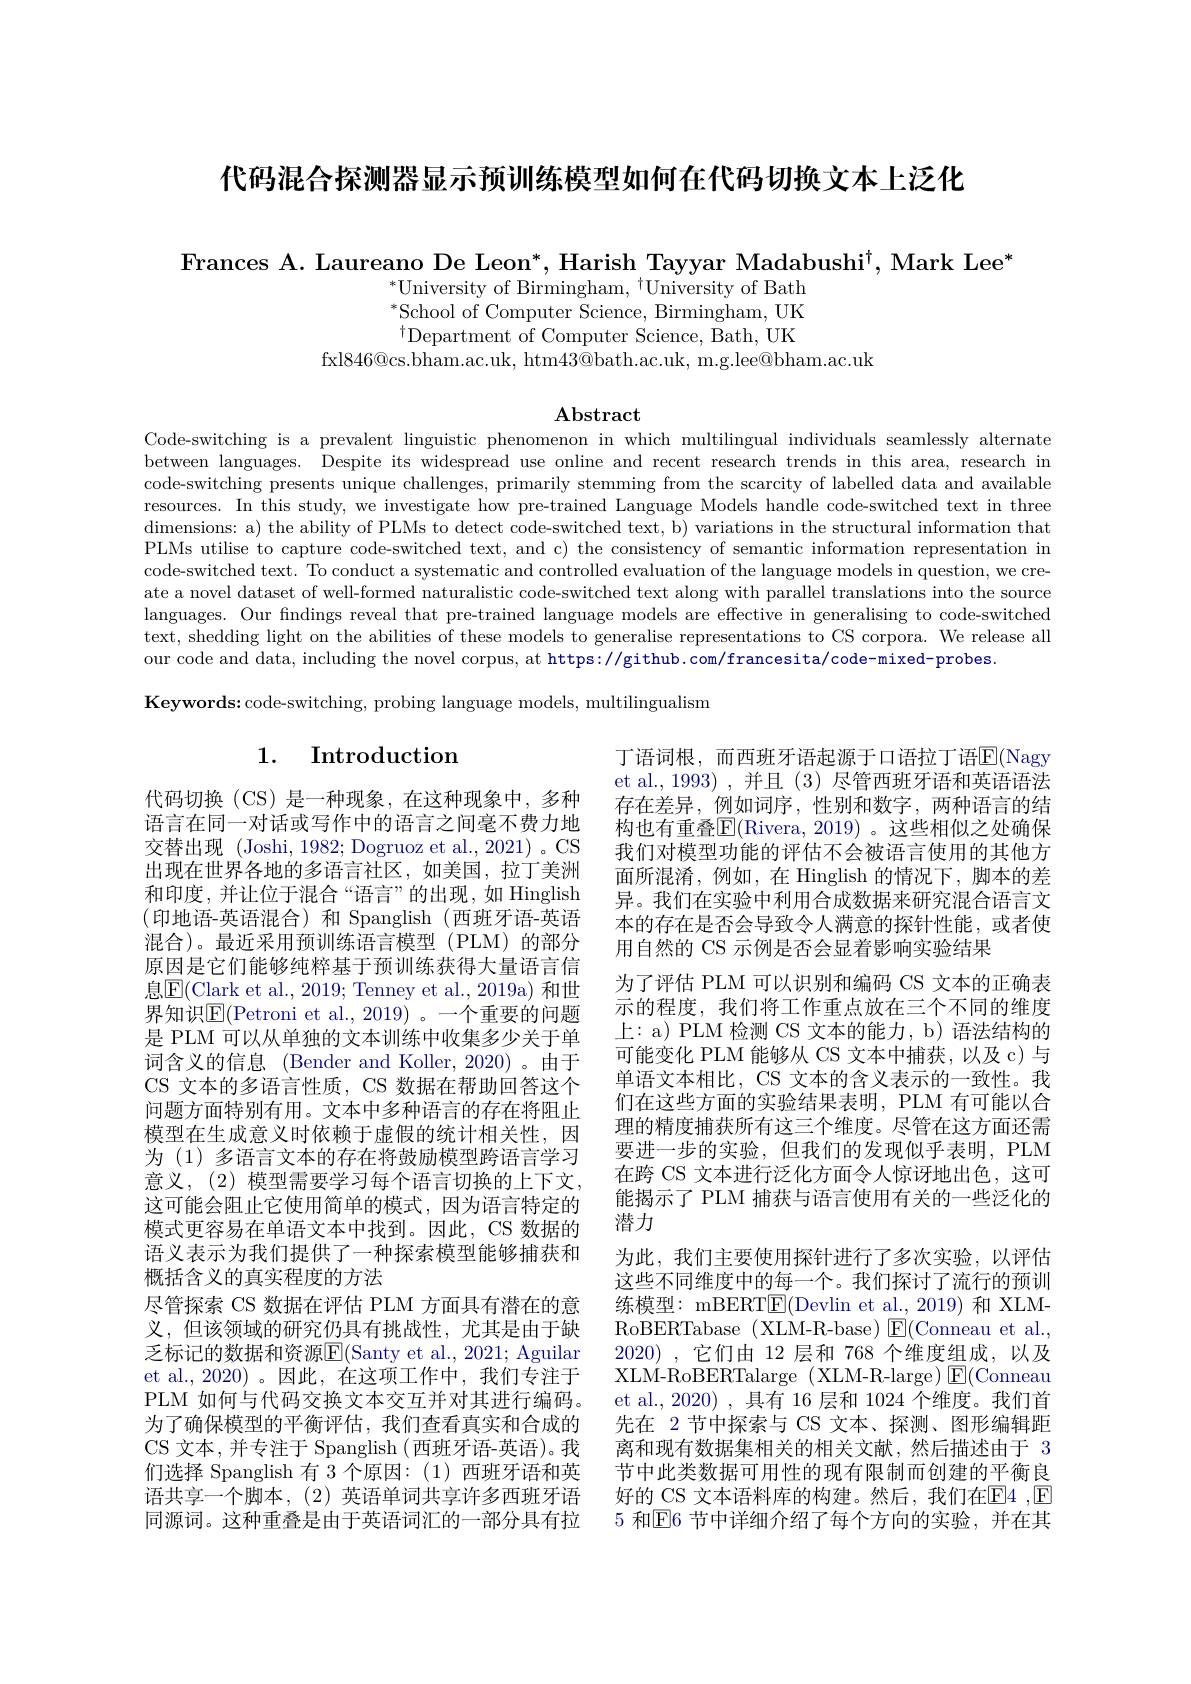
代码混合探测器显示预训练模型如何在代码切换文本上泛化

Frances A. Laureano De Leon*, Harish Tayyar Madabushi$^\dagger$, Mark Lee*
$^{*}$University of Birmingham, $^{\dagger}$University of Bath $^{*}$School of Computer Science, Birmingham, UK $^{\dagger}$Department of Computer Science, Bath, UK
fxl$846@$cs.bham.ac.uk, htm$43@$bath.ac.uk, m.g.lee@bham.ac.uk

$\mathbf{Abstract}$

Code-switching is a prevalent linguistic phenomenon in which multilingual individuals seamlessly alternate between languages. Despite its widespread use online and recent research trends in this area, research in code-switching presents unique challenges, primarily stemming from the scarcity of labelled data and available resources. In this study, we investigate how pre-trained Language Models handle code-switched text in three dimensions: a) the ability of PLMs to detect code-switched text, b) variations in the structural information that PLMs utilise to capture code-switched text, and c) the consistency of semantic information representation in code-switched text. To conduct a systematic and controlled evaluation of the language models in question, we create a novel dataset of well-formed naturalistic code-switched text along with parallel translations into the source languages. Our findings reveal that pre-trained language models are effective in generalising to code-switched text, shedding light on the abilities of these models to generalise representations to CS corpora. We release all our code and data, including the novel corpus, at https://github.com/francesita/code-mixed-probes.
Keywords:code-switching, probing language models, multilingualism

# 1. Introduction

丁语词根，而西班牙语起源于口语拉丁语$\overline{\mathbb{E}}($Nagy et al., 1993) , 并且 (3) 尽管西班牙语和英语语法存在差异，例如词序，性别和数字，两种语言的结果构也有重叠E(Rivera, 2019)。这些相似之处确保我们对模型功能的评估不会被语言使用的其他方面所混淆，例如，在 Hinglish 的情况下，脚本的差异。我们在实验中利用合成数据来研究混合语言文本的存在是否会导致令人满意的探针性能，或者使用自然的 CS 示例是否会显着影响实验结果
为了评估 PLM 可以识别和编码 CS 文本的正确表示的程度，我们将工作重点放在三个不同的维度上：a) PLM 检测 CS 文本的能力，b) 语法结构的可能变化 PLM 能够从 CS 文本中捕获，以及 c) 与单语文本相比，CS 文本的含义表示的一致性。我们在这些方面的实验结果表明，PLM 有可能以合理的精度捕获所有这三个维度。尽管在这方面还需要进一步的实验，但我们的发现似乎表明，PLM 在跨 CS 文本进行泛化方面令人惊讶地出色，这可能揭示了 PLM 捕获与语言使用有关的一些泛化的潜力
为此，我们主要使用探针进行了多次实验，以评估这些不同维度中的每一个。我们探讨了流行的预训练模型：mBERT$\boxed{\mathrm{F}}($Devlin et al.,2019) 和 XLMRoBERTabase (XLM-R-base) $\boxtimes$E$( Conneau et al. $, 2020),它们由 12 层和 768 个维度组成，以及XLM-RoBERTalarge (XLM-R-large)$\boxtimes$E$( Conneau$ et al.,2020),具有 16 层和 1024 个维度。我们首先在 2 节中探索与 CS 文本、探测、图形编辑距离和现有数据集相关的相关文献，然后描述由于 3节中此类数据可用性的现有限制而创建的平衡良好的 CS 文本语料库的构建。然后，我们在$\overline{\mathrm{E}}$4 ,$\overline{\mathrm{E}}$ 5 和$\mathbb{E}$6 节中详细介绍了每个方向的实验，并在其

代码切换(CS)是一种现象，在这种现象中，多种语言在同一对话或写作中的语言之间毫不费力地交替出现 (Joshi, 1982; Dogruoz et al., 2021) 。CS 出现在世界各地的多语言社区，如美国，拉丁美洲和印度，并让位于混合“语言”的出现，如 Hinglish (印地语-英语混合)和 Spanglish(西班牙语-英语混合)。最近采用预训练语言模型(PLM)的部分原因是它们能够纯粹基于预训练获得大量语言信息$\boxed{\mathrm{F}}($Clark et al., 2019; Tenney et al., 2019a) 和世界知识$\mathbb{E}($Petroni et al., 2019)。一个重要的问题是 PLM 可以从单独的文本训练中收集多少关于单词含义的信息 (Bender and Koller, 2020)。由于CS 文本的多语言性质，CS 数据在帮助回答这个问题方面特别有用。文本中多种语言的存在将阻止模型在生成意义时依赖于虚假的统计相关性，因为 (1) 多语言文本的存在将鼓励模型跨语言学习意义，(2) 模型需要学习每个语言切换的上下文， 这可能会阻止它使用简单的模式，因为语言特定的模式更容易在单语文本中找到。因此，CS 数据的语义表示为我们提供了一种探索模型能够捕获和概括含义的真实程度的方法
尽管探索 CS 数据在评估 PLM 方面具有潜在的意义，但该领域的研究仍具有挑战性，尤其是由于缺乏标记的数据和资源E(Santy et al., 2021; Aguilar et al., 2020)。因此，在这项工作中，我们专注于PLM 如何与代码交换文本交互并对其进行编码。为了确保模型的平衡评估，我们查看真实和合成的CS 文本，并专注于 Spanglish (西班牙语-英语)。我们选择 Spanglish 有 3 个原因：(1)西班牙语和英语共享一个脚本，(2)英语单词共享许多西班牙语同源词。这种重叠是由于英语词汇的一部分具有拉